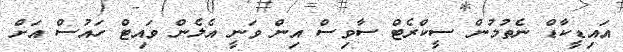
އައިޑީކާޑް ނެތުމުން ސީކްރެޓް ސާވިސް އިން ވަނީ އެލެން ވައިޓް ހައުސް އަށް